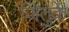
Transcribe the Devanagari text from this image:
जितुके